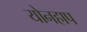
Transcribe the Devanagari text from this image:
योनहाप